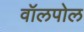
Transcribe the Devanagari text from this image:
वॉलपोल